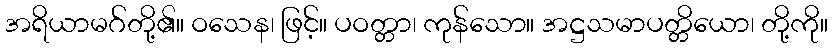
အရိယာမဂ်တို့၏။ ဝသေန၊ ဖြင့်။ ပဝတ္တာ၊ ကုန်သော။ အဋ္ဌသမာပတ္တိယော၊ တို့ကို။